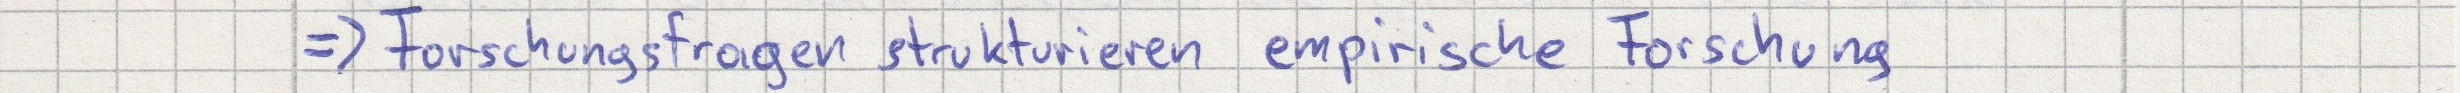
=> Forschungsfragen strukturieren empirische Forschung